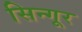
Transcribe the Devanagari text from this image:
सिन्गूर